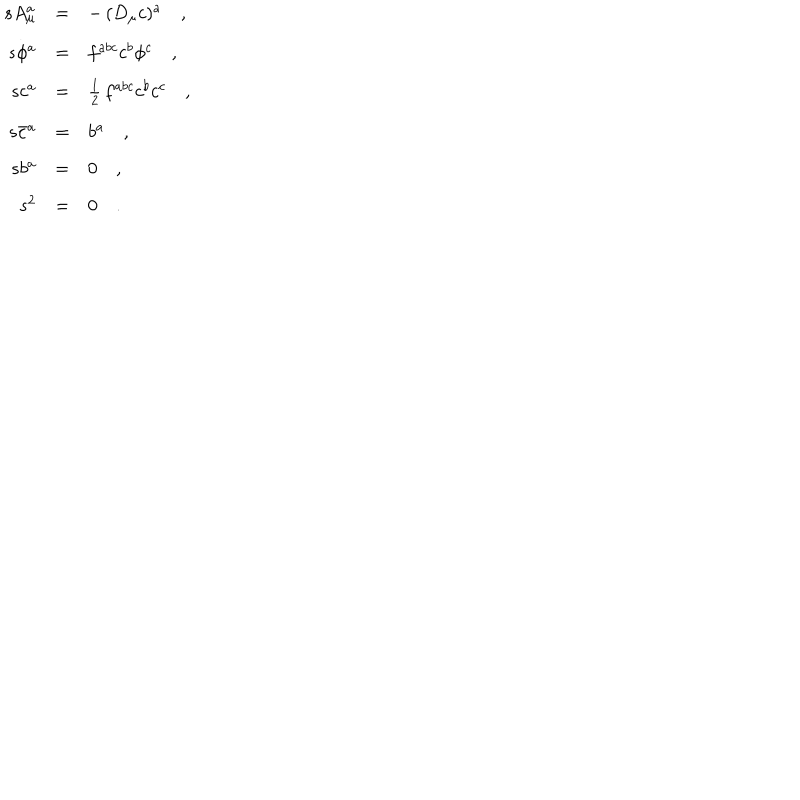
\begin{array} { r c l } { { s A _ { \mu } ^ { a } } } & { { = } } & { { - \, ( D _ { \mu } c ) ^ { a } \quad , } } \\ { { s \phi ^ { a } } } & { { = } } & { { f ^ { a b c } c ^ { b } \phi ^ { c } \quad , } } \\ { { s c ^ { a } } } & { { = } } & { { \frac { 1 } { 2 } \, f ^ { a b c } c ^ { b } c ^ { c } \quad , } } \\ { { s \bar { c } ^ { a } } } & { { = } } & { { b ^ { a } \quad , } } \\ { { s b ^ { a } } } & { { = } } & { { 0 \quad , } } \\ { { s ^ { 2 } } } & { { = } } & { { 0 \quad . } } \\ \end{array}